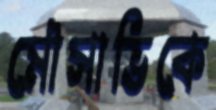
মৌসাভিকে